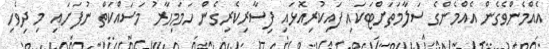
އެއްމެންވެގެން އެއްމެންގެ ސަލާމަތަށްޓަކައި ފައިކުރިއޮޅައި ފިސާރިކެރިގެން ހަމަމިހާރު މަސައްކަތް ނުފަށައި މި ދިވެހި